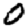
Digit: 0